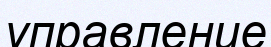
управление